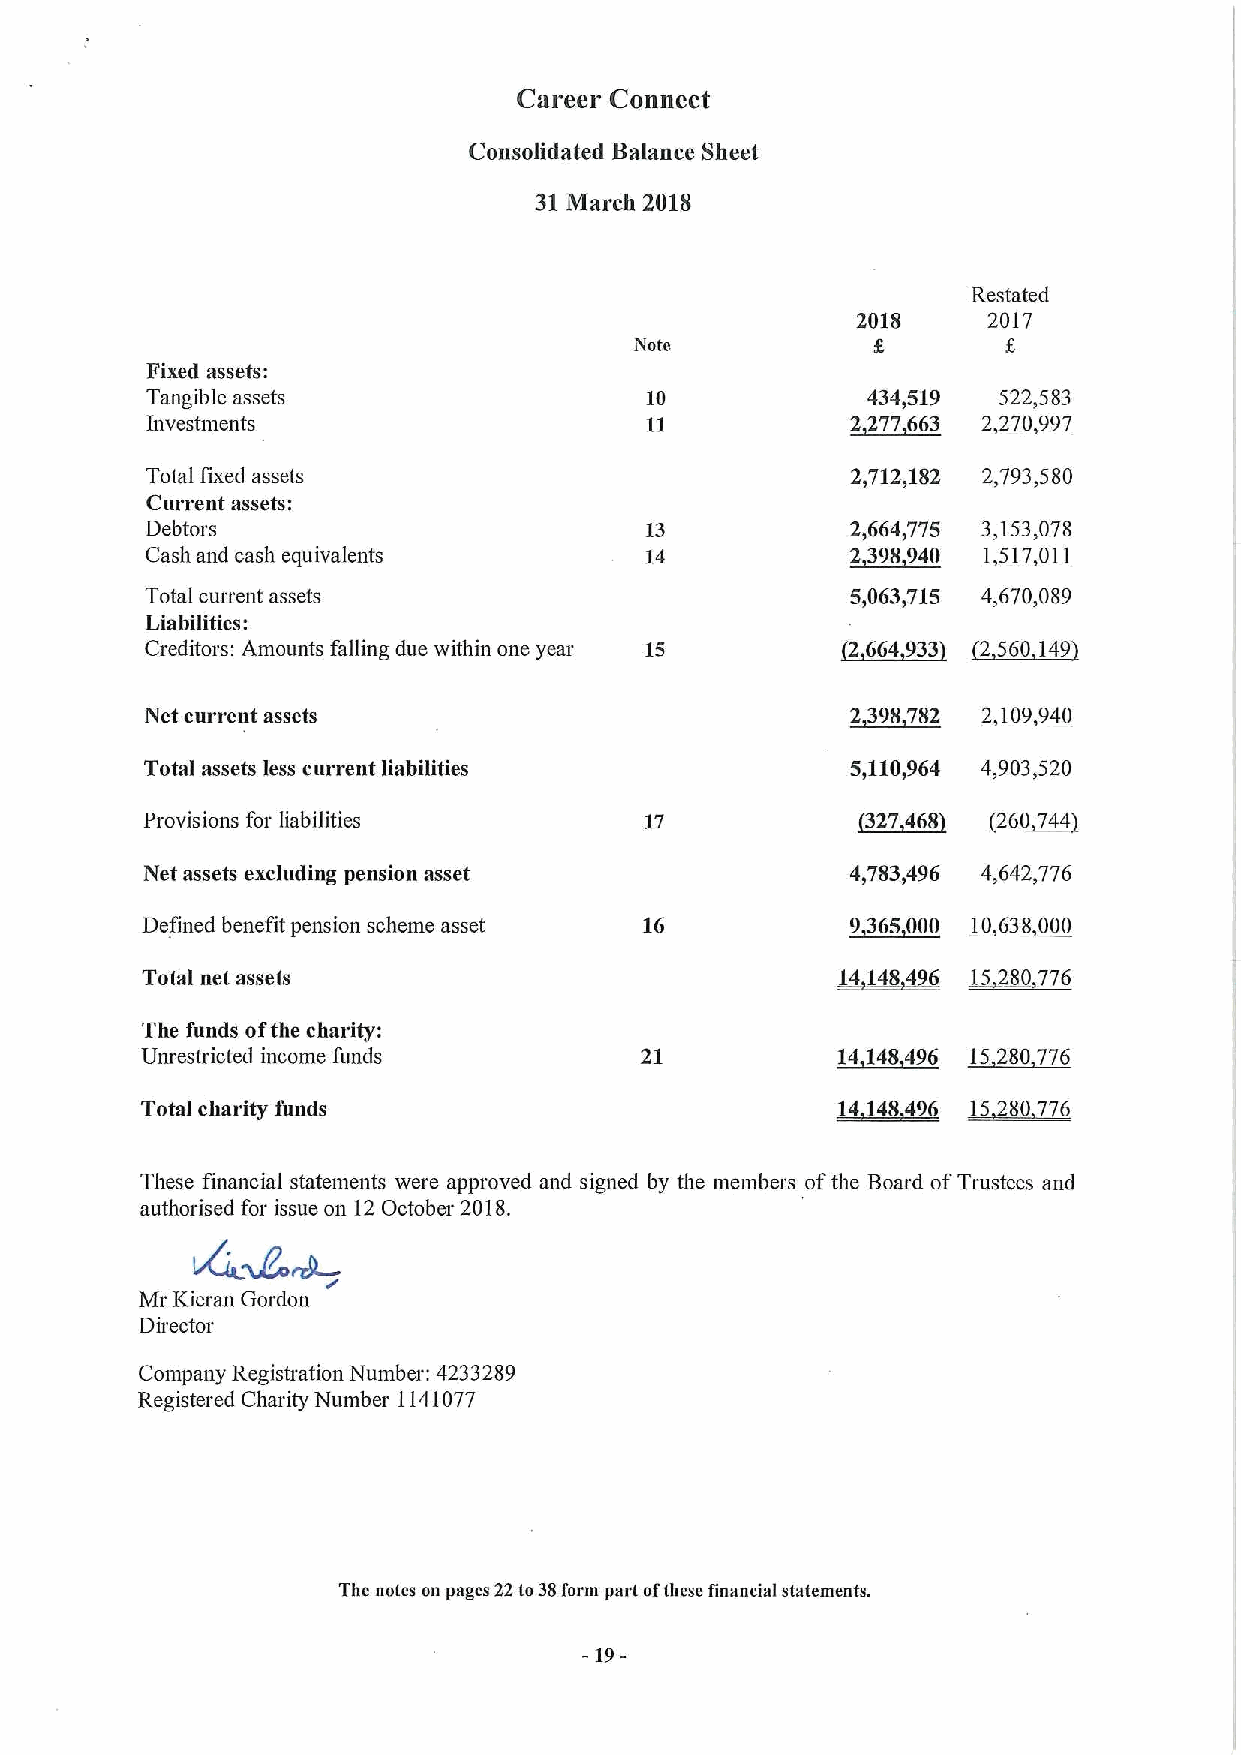
Career Connect
 Consolidated Balance Sheet
 31March 2018
 Restated
 2018    2017
 Note
 Fixed assets:
 Tangible assets                  10            434,519  522,583
 Investments                      11           2~277 663 2270997
 Total fixed assets                            2,712,182 2,793,580
 Current assets:
 Debtors                          13           2,664,775 3,153,078
 Cash and cash equivalents        14           ~2398940 1 517011
 Total current assets                          5,063,715 4,670,089
 Liabilities:
 Creditors: Amounts falling due within one year 15 ~2664933 ~2560149
 Net current assets                            2~398782 2 109940
 Total assets less current liabilities         5,110,964 4,903,520
 Provisions for liabilities       17            ~327 468 (2260 744
 Net assets excluding pension asset            4,783,496 4,642,776
 Defined benefit pension scheme asset 16        9365000 10630000
 Total net assets                              ~54 14!14 6 25 280 776
 The funds ofthe charity:
 Unrestricted income funds        21           14140496 15200776
 Total charity funds                           141 ~8496 15280776
 These financial statements were approved and signed by the members ofthe Board ofTrustees and
 authorised for issue on 12October 201S.
 Mr Kieran Gordon
 Director
 Company Registration Number: 4233289
 Registered Charity Number 1141077
 The notes on pages 22to38form part ofthese financial statements.
 -19-